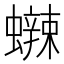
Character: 𰳡